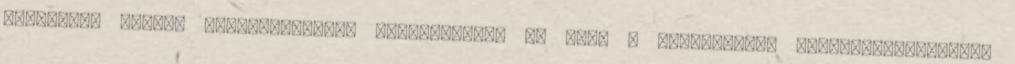
labdarúgó Európa Liga-selejtező mérkőzéshez. Ki lesz a vb-győztes? Labdarúgócsapatunk